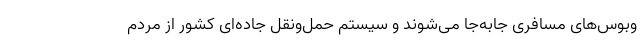
وبوس‌های مسافری جابه‌جا می‌شوند و سیستم حمل‌ونقل جاده‌ای کشور از مردم